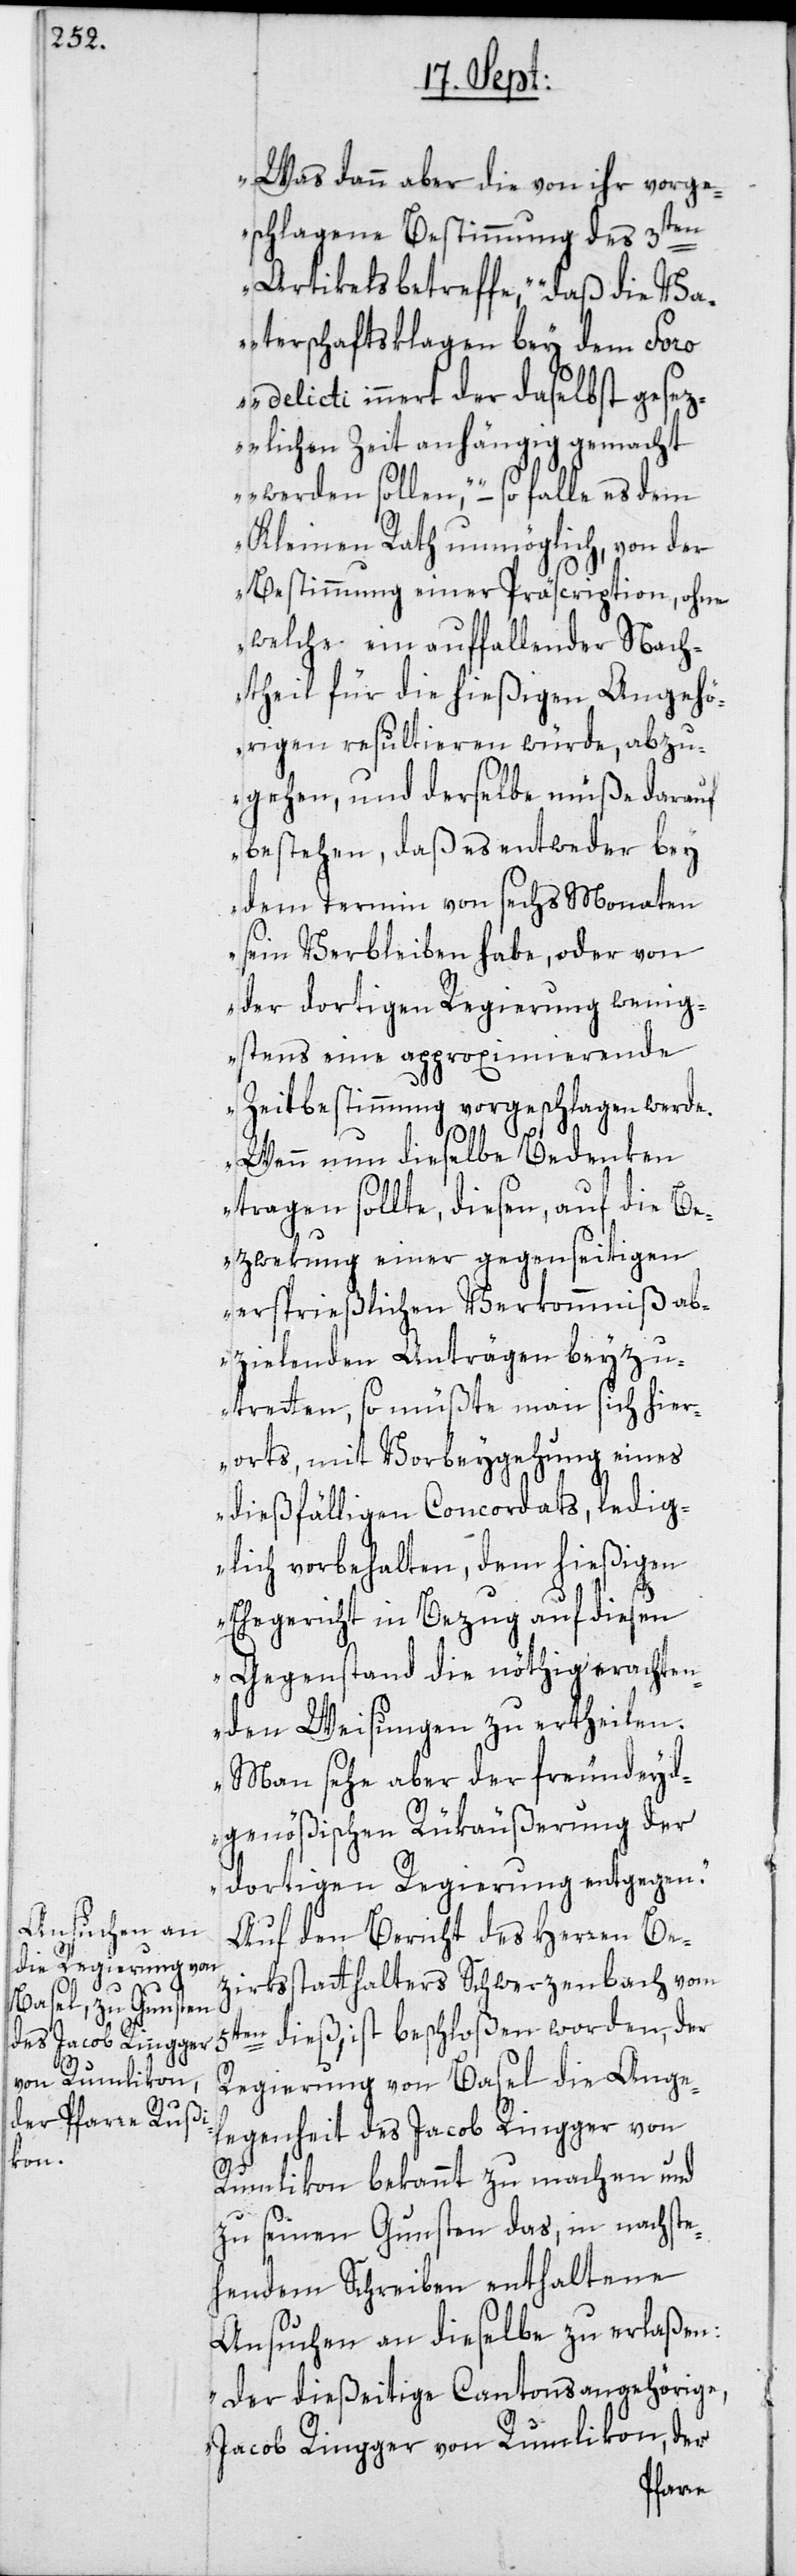
Was dann aber die von ihr vorge¬
schlagene Bestimmung des 3ten
Artikels betreffe, „Daß die Va¬
terschaftsklagen bey dem Foro
delicti innert der daselbst gesez¬
lichen Zeit anhängig gemacht
werden sollen“ – so falle es dem
Kleinen Rath unmöglich, von der
Bestimmung einer Präscription, ohne
welche ein auffallender Nach¬
theil für die hießigen Angehö¬
rigen resultieren würde, abzu¬
gehen, und derselbe müße darauf
bestehen, daß es entweder bey
dem Termin von sechs Monaten
sein Verbleiben habe, oder von
der dortigen Regierung wenig¬
stens eine approximierende
Zeitbestimmung vorgeschlagen werde.
Wenn nun dieselbe Bedenken
tragen sollte, diesen, auf die Be¬
zwekung einer gegenseitigen
ersprießlichen Verkommniß ab¬
zielenden Anträgen beyzu¬
tretten, so müßte man sich hier¬
orts, mit Vorbeygehung eines
dießfälligen Concordats, ledig¬
lich vorbehalten, dem hießigen
Ehegericht in Bezug auf diesen
Gegenstand die nöthig erachten¬
den Weisungen zu ertheilen.
Man sehe aber der freundeyd¬
genößischen Rückäußerung der
dortigen Regierung entgegen.“
Auf den Bericht des Herren Be¬
zirksstatthalters Schwerzenbach vom
5ten dieß, ist beschloßen worden, der
Regierung von Basel die Ange¬
legenheit des Jacob Ringger von
Rumlikon bekannt zu machen und
zu seinen Gunsten das, in nachste¬
hendem Schreiben enthaltene
Ansuchen an dieselbe zu erlaßen:
„Der dießeitige Cantonsangehörige,
Jacob Ringger von Rumlikon, der